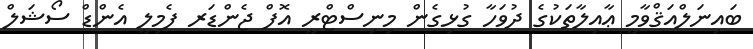
ބައިނަލްއަޤްވާމީ ޢާއިލާތަކުގެ ދުވަހާ ގުޅިގެން މިނިސްޓްރީ އޮފް ޖެންޑަރ ފެމިލީ އެންޑް ސޯޝަލް